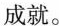
成就。